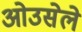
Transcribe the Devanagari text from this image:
ओउसेले